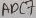
Text: ADC7